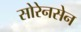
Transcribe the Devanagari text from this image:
सोरेनसेन